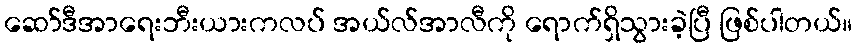
ဆော်ဒီအာရေးဘီးယားကလပ် အယ်လ်အာလီကို ရောက်ရှိသွားခဲ့ပြီ ဖြစ်ပါတယ်။